Training of Teachers. Teachers of Higher Subjects, 1907
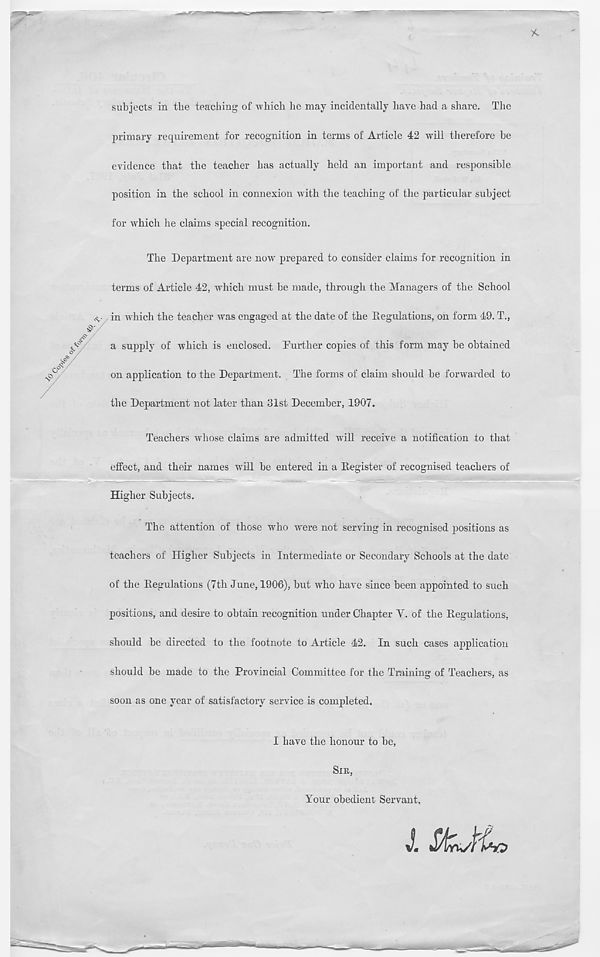
subjects in the teaching of which he may incidentally have had a share. The
primary requirement for recognition in terms of Article 42 will therefore he
evidence that the teacher has actually held an important and responsible
position in the school in connexion with the teaching of the particular subject
for which he claims special recognition.
The Department are now prepared to consider claims for recognition in
terms of Article 42, which must be made, through the Managers of the School
in wdiich the teacher was engaged at the date of the Begulations, on form 49. T.,
a supply of which is enclosed. Further copies of this form may be obtained
on application to the Department. The forms of claim should be forwarded to
the Department not later than 31st Decemher, 1907.
Teachers whose claims are admitted will receive a notification to that
effect, and their names will he entered in a Register of recognised teachers of
Higher Subjects.
The attention of those who were not serving in recognised positions as
teachers of Higher Subjects in Intermediate or Secondary Schools at the date
of the Begulations (7th June, 1906), but wdio have since been appointed to such
positions, and desire to obtain recognition under Chapter Y. of the Begulations,
should be directed to the footnote to Article 42. In such cases application
should be made to the Provincial Committee for the Training of Teachers, as
soon as one year of satisfactory service is completed.
I have the honour to be,
Sm,
Your obedient Servant,